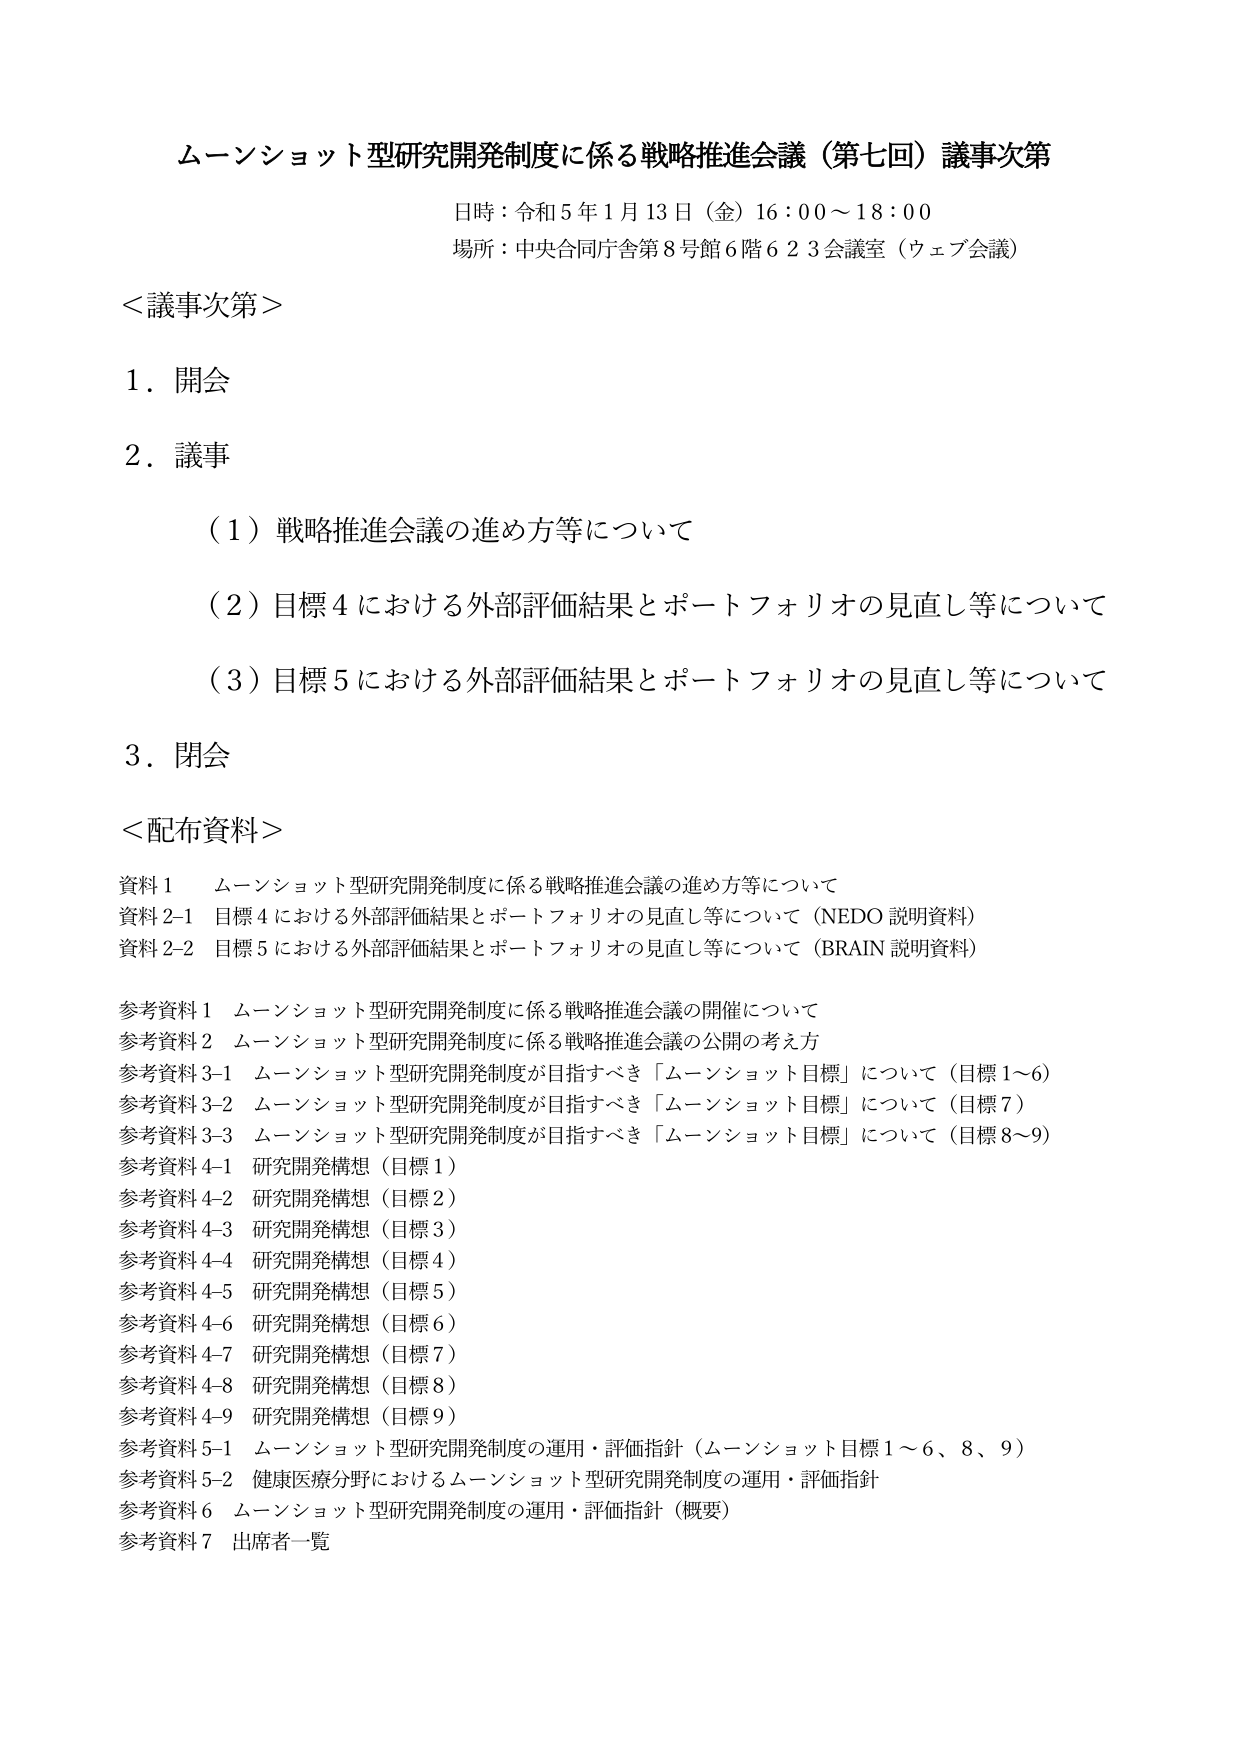
ムーンショット型研究開発制度に係る戦略推進会議（第七回）議事次第
日時：令和5年1月13日（金）16:00～18:00
場所：中央合同庁舎第8号館6階623会議室（ウェブ会議）

＜議事次第＞
1．開会
2．議事
　（1）戦略推進会議の進め方等について
　（2）目標4における外部評価結果とポートフォリオの見直し等について
　（3）目標5における外部評価結果とポートフォリオの見直し等について
3．閉会

＜配布資料＞
資料1　ムーンショット型研究開発制度に係る戦略推進会議の進め方等について
資料2-1　目標4における外部評価結果とポートフォリオの見直し等について（NEDO 説明資料）
資料2-2　目標5における外部評価結果とポートフォリオの見直し等について（BRAIN 説明資料）

参考資料1　ムーンショット型研究開発制度に係る戦略推進会議の開催について
参考資料2　ムーンショット型研究開発制度に係る戦略推進会議の公開の考え方
参考資料3-1　ムーンショット型研究開発制度が目指すべき「ムーンショット目標」について（目標1～6）
参考資料3-2　ムーンショット型研究開発制度が目指すべき「ムーンショット目標」について（目標7）
参考資料3-3　ムーンショット型研究開発制度が目指すべき「ムーンショット目標」について（目標8～9）
参考資料4-1　研究開発構想（目標1）
参考資料4-2　研究開発構想（目標2）
参考資料4-3　研究開発構想（目標3）
参考資料4-4　研究開発構想（目標4）
参考資料4-5　研究開発構想（目標5）
参考資料4-6　研究開発構想（目標6）
参考資料4-7　研究開発構想（目標7）
参考資料4-8　研究開発構想（目標8）
参考資料4-9　研究開発構想（目標9）
参考資料5-1　ムーンショット型研究開発制度の運用・評価指針（ムーンショット目標1～6、8、9）
参考資料5-2　健康医療分野におけるムーンショット型研究開発制度の運用・評価指針
参考資料6　ムーンショット型研究開発制度の運用・評価指針（概要）
参考資料7　出席者一覧